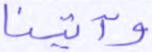
وآتينا